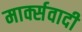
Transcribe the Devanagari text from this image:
मार्क्सवादी